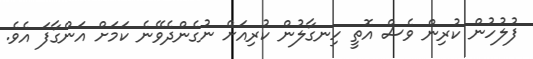
ފުލުހުން ކުރިން ވެސް އޮތީ ހިނގާލުން ކުރިއަށް ނުގެންދެވޭނެ ކަމަށް އަންގާފަ އެވެ.